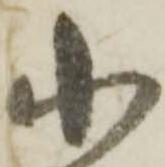
小